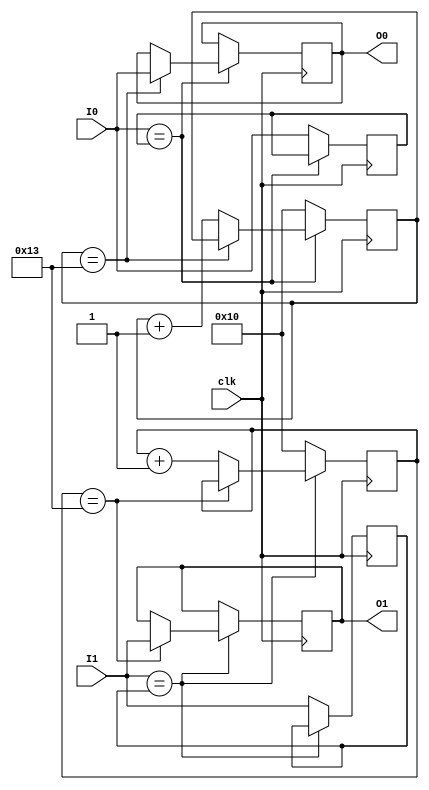
`timescale 1ns / 1ps
//////////////////////////////////////////////////////////////////////////////////
// Company: 
// Engineer: 
// 
// Design Name: 
// Module Name: debouncer
// Project Name: 
// Target Devices: 
// Tool Versions: 
// Description: 
// 
// Dependencies: 
// 
// Revision:
// Revision 0.01 - File Created
// Additional Comments:
// 
//////////////////////////////////////////////////////////////////////////////////


module debouncer(
    input clk,
    input I0,
    input I1,
    output reg O0,
    output reg O1
    );
    
    reg [4:0]cnt0, cnt1;
    reg Iv0=0,Iv1=0;
    reg out0, out1;
    
always@(posedge(clk))begin
    if (I0==Iv0)begin
        if (cnt0==19)O0<=I0;
        else cnt0<=cnt0+1;
      end
    else begin
        cnt0<="00000";
        Iv0<=I0;
    end
    if (I1==Iv1)begin
            if (cnt1==19)O1<=I1;
            else cnt1<=cnt1+1;
          end
        else begin
            cnt1<="00000";
            Iv1<=I1;
        end
    end
    
endmodule